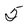
Character: 5